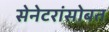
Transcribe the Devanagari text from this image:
सेनेटरांसोबत